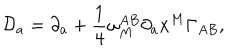
{ \cal D } _ { a } = \partial _ { a } + { \frac { 1 } { 4 } } \omega _ { M } ^ { A B } \partial _ { a } x ^ { M } \Gamma _ { A B } ,